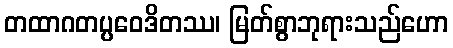
တထာဂတပ္ပဝေဒိတဿ၊ မြတ်စွာဘုရားသည်ဟော